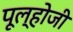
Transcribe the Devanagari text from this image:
पूल्होजी